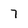
Character: 7